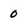
Character: 0